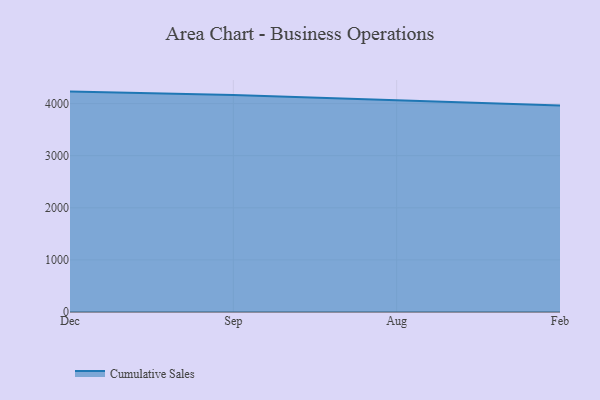
{"axis": {"x": "Month", "y": "Revenue (USD Million)"}, "legend": ["Cumulative Sales"], "data": [{"x": "Dec", "y": 4230.3, "type": "Cumulative Sales"}, {"x": "Sep", "y": 4162.8, "type": "Cumulative Sales"}, {"x": "Aug", "y": 4064.5, "type": "Cumulative Sales"}, {"x": "Feb", "y": 3962.1, "type": "Cumulative Sales"}]}